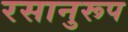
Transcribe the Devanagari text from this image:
रसानुरूप